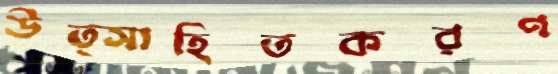
উত্সাহিতকরণ